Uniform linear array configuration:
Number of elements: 8
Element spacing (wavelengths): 0.5
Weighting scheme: hann
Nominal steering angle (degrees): -15
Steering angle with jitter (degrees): -14.218
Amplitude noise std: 0.05
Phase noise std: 0.05

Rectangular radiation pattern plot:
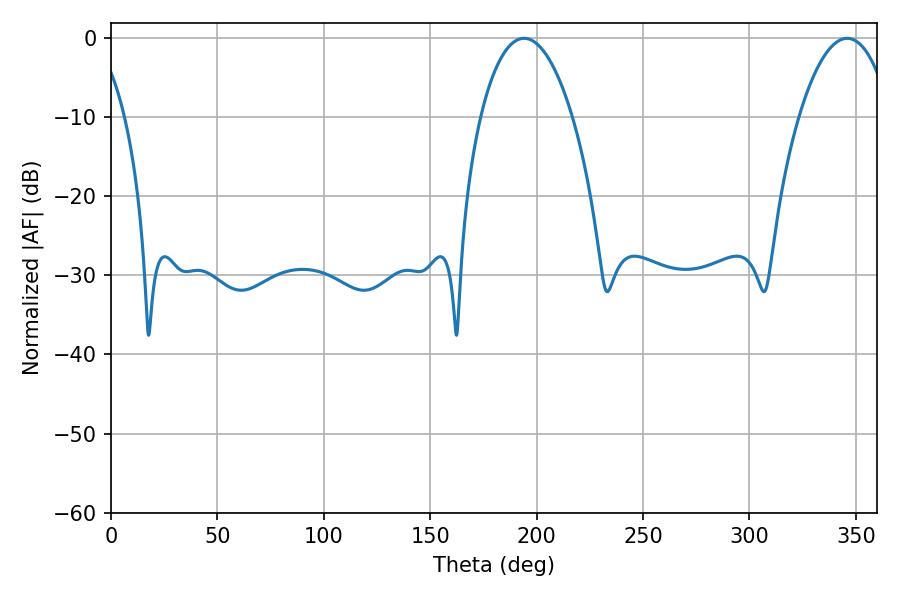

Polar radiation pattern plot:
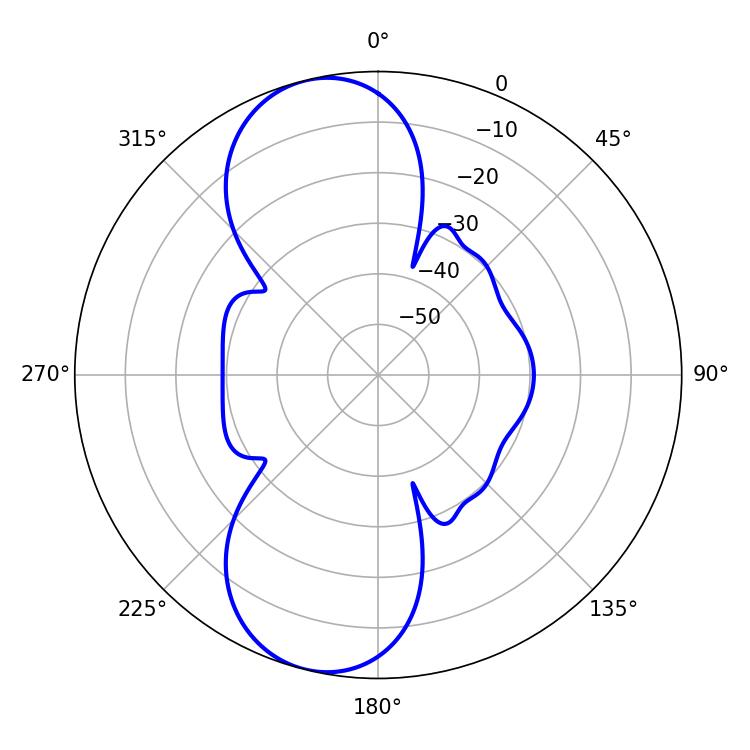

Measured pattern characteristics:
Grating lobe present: FALSE
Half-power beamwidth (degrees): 24.12
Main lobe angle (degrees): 194.04